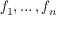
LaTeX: f _ { 1 } , \ldots , f _ { n }